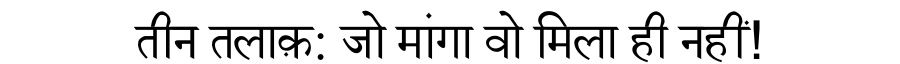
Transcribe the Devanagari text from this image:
तीन तलाक़: जो मांगा वो मिला ही नहीं!